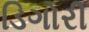
ડિગોરી